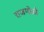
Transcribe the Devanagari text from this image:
राजगोळी